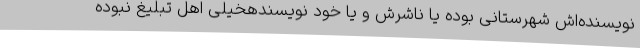
نویسنده‌اش شهرستانی بوده یا ناشرش و یا خود نویسندهخیلی اهل تبلیغ نبوده